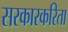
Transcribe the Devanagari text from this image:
सरकारकरिता